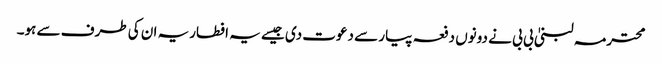
محترمہ لبنیٰ بی بی نے دونوں دفعہ پیار سے دعوت دی جیسے یہ افطاریہ ان کی طرف سے ہو۔